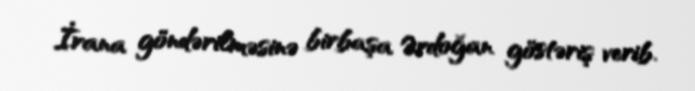
İrana göndərilməsinə birbaşa Ərdoğan göstəriş verib.